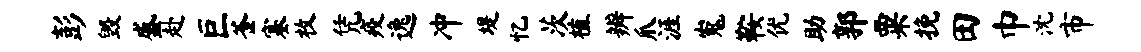
彭毁盛赴巨釜塞枚凭疫逸冲堤忆茨植辨爪涯嵬鞍优助郭粟挽田巾沈市